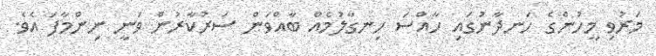
މަރުވި މީހުންގެ ހަނދާނުގައި ހާއްސަ ހިނގާލުމެއް ބާއްވަން ސަރުކާރުން ވަނީ ނިންމާފަ އެވެ.